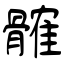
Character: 髉